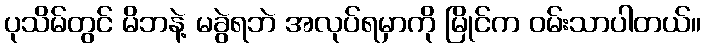
ပုသိမ်တွင် မိဘနဲ့ မခွဲရဘဲ အလုပ်ရမှာကို မြိုင်က ဝမ်းသာပါတယ်။